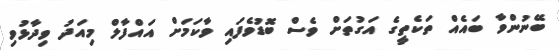
ބޭނުންވާ ބައެއް ތަކެތީގެ އަގުތަށް ވެސް ބޮޑުވެފައި ވާކަމަށް އައްފާލް މިއަދު ވިދާޅުވި